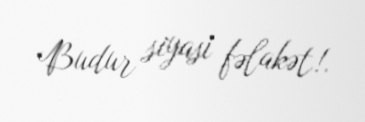
Budur siyasi fəlakət!.